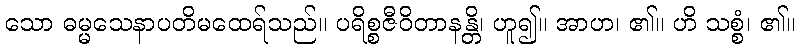
သော ဓမ္မသေနာပတိမထေရ်သည်။ ပရိစ္စဇီဝိတာနန္တိ၊ ဟူ၍။ အာဟ၊ ၏။ ဟိ သစ္စံ၊ ၏။